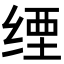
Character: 𦈑